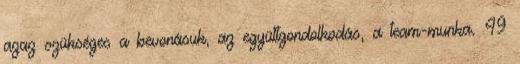
azaz szükséges a bevonásuk, az együttgondolkodás, a team-munka. 49